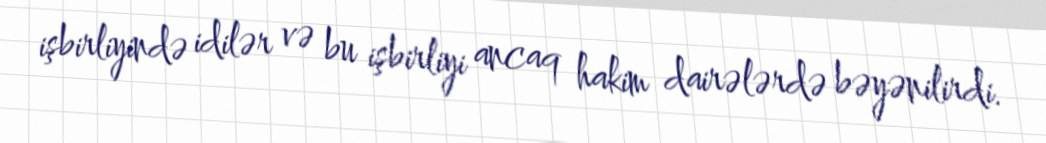
işbirliyində idilər və bu işbirliyi ancaq hakim dairələrdə bəyənilirdi.